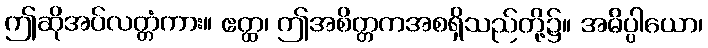
ဤဆိုအပ်လတ္တံကား။ ဧတ္ထ၊ ဤအစိတ္တကအစရှိသည်တို့၌။ အဓိပ္ပါယော၊